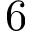
6